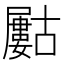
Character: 𡳰